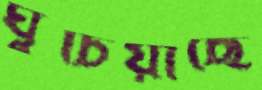
ঘুচিয়াছে